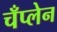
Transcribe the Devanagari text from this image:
चँप्लेन